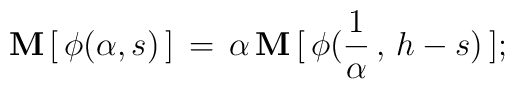
\mathbf{M} \, [\,\phi(\alpha, s)\,] \, =\, \alpha\, \mathbf{M} \,                                 [\,\phi(\frac{1}{\alpha}\, ,\, h- s)\,];